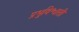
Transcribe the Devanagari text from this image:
प्रभुविश्वासी